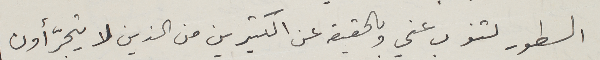
السطور لتنوب عني وبالحقيقة عن الكثيرين من الذين لا يتجرّأون